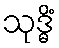
သုဒ္ဓိံ